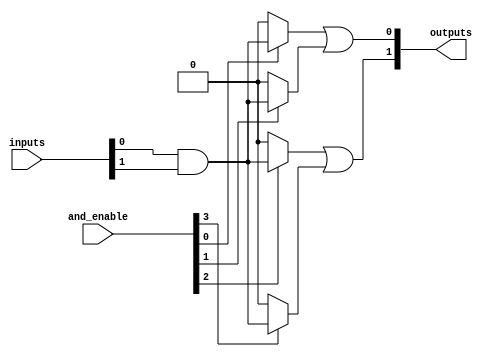
module SPAL #(
    parameter NUM_INPUTS = 4,  // Number of inputs (A, B, C, D)
    parameter NUM_AND_GATES = 4, // Number of AND gates
    parameter NUM_OUTPUTS = 2   // Number of outputs
)(
    input wire [NUM_INPUTS-1:0] inputs, // Input signals
    input wire [NUM_AND_GATES-1:0] and_enable, // Enable signals for AND gates
    output wire [NUM_OUTPUTS-1:0] outputs // Output signals
);

// Internal wires for AND gate outputs
wire [NUM_AND_GATES-1:0] and_outputs;

// Programmable AND array
genvar i;
generate
    for (i = 0; i < NUM_AND_GATES; i = i + 1) begin : and_gate
        // Each AND gate can be programmed to connect to any subset of inputs
        assign and_outputs[i] = and_enable[i] ? (inputs[0] & inputs[1]) : 1'b0; // Example: AND gate connected to inputs 0 and 1
        // More connections can be added based on programming requirements
    end
endgenerate

// Fixed OR array
assign outputs[0] = and_outputs[0] | and_outputs[1]; // Example: OR gate combining outputs of AND gate 0 and 1
assign outputs[1] = and_outputs[2] | and_outputs[3]; // Example: OR gate combining outputs of AND gate 2 and 3

endmodule